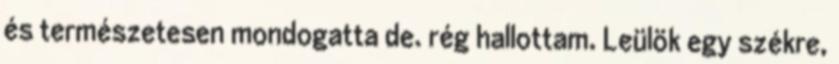
és természetesen mondogatta de. rég hallottam. Leülök egy székre,